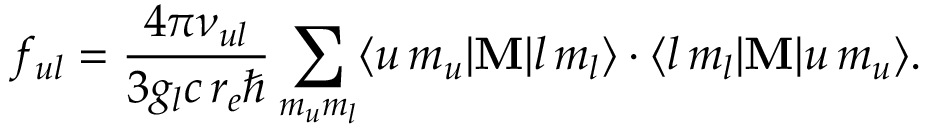
f _ { u l } = \frac { 4 \pi \nu _ { u l } } { 3 g _ { l } c \, r _ { e } \hbar } \sum _ { m _ { u } m _ { l } } \langle u \, m _ { u } | { \bf M } | l \, m _ { l } \rangle \cdot \langle l \, m _ { l } | { \bf M } | u \, m _ { u } \rangle .